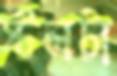
স্টলটা